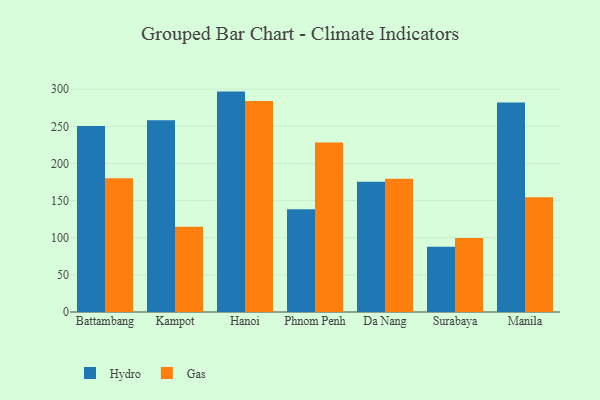
{"axis": {"x": "City", "y": "Waste Production (Tons)"}, "legend": ["Gas", "Hydro"], "data": [{"x": "Battambang", "y": 250.6, "type": "Hydro"}, {"x": "Battambang", "y": 180.1, "type": "Gas"}, {"x": "Kampot", "y": 258.1, "type": "Hydro"}, {"x": "Kampot", "y": 114.8, "type": "Gas"}, {"x": "Hanoi", "y": 296.8, "type": "Hydro"}, {"x": "Hanoi", "y": 284.1, "type": "Gas"}, {"x": "Phnom Penh", "y": 138.4, "type": "Hydro"}, {"x": "Phnom Penh", "y": 228.2, "type": "Gas"}, {"x": "Da Nang", "y": 175.5, "type": "Hydro"}, {"x": "Da Nang", "y": 179.3, "type": "Gas"}, {"x": "Surabaya", "y": 87.8, "type": "Hydro"}, {"x": "Surabaya", "y": 99.6, "type": "Gas"}, {"x": "Manila", "y": 282.1, "type": "Hydro"}, {"x": "Manila", "y": 154.6, "type": "Gas"}]}